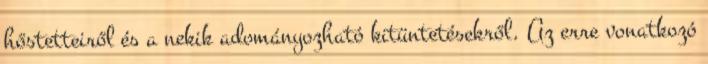
hőstetteiről és a nekik adományozható kitüntetésekről. Az erre vonatkozó